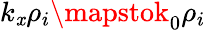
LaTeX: k_{\mathit{x}}\rho_{i}\mapstok_{0}\rho_{i}